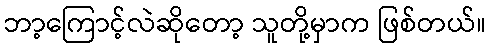
ဘာ့ကြောင့်လဲဆိုတော့ သူတို့မှာက ဖြစ်တယ်။